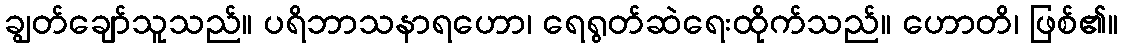
ချွတ်ချော်သူသည်။ ပရိဘာသနာရဟော၊ ရေရွတ်ဆဲရေးထိုက်သည်။ ဟောတိ၊ ဖြစ်၏။